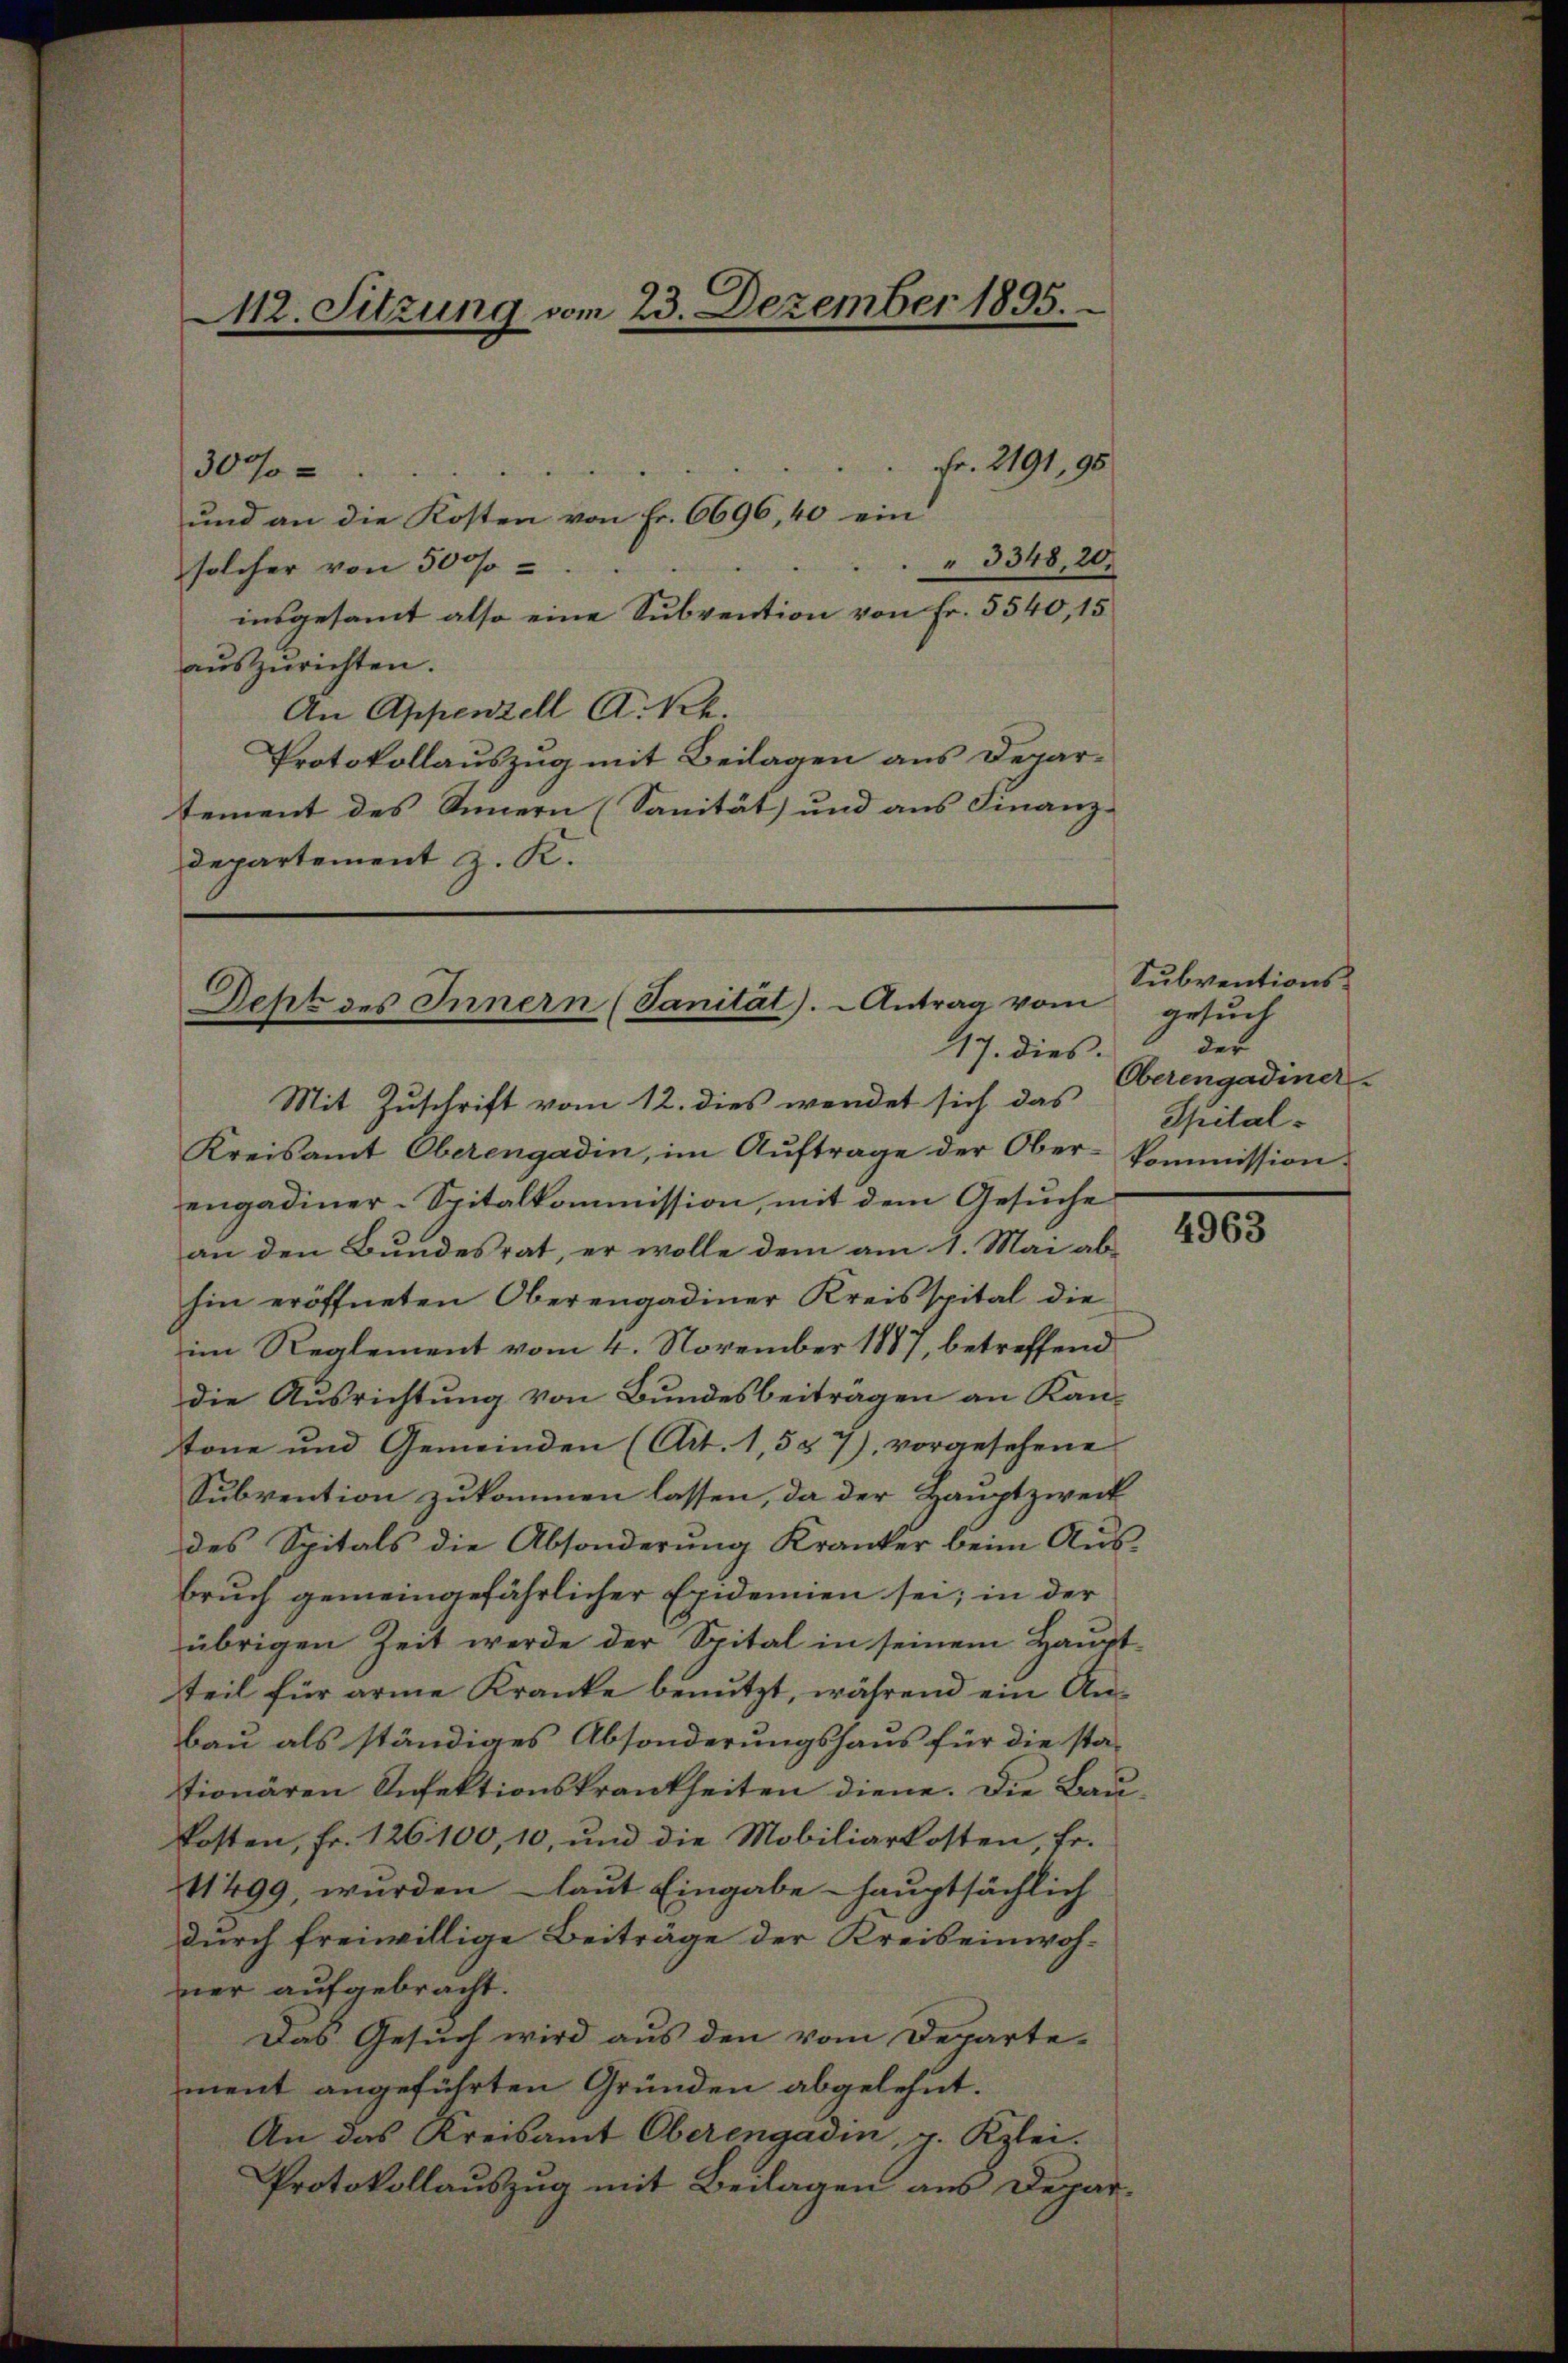
30%
und an die Kosten von Fr. 6696, 40 ein
solcher von 500f
insgesammt also eine Subvention von Fr. 5540, 15
auszurichten.
An Appenzell A. Sch.
Protokollauszug mit Beilagen aus Departement des Innern (Sanität und aus Finanz-
departement z. K.

412. Sitzung vom 23. Dezember 1895.

Fr. 2191, 95
3348, 20.

Deht des Innern (Sanität). Antrag vom gesuch
17. dies.

Mit Zuschrift vom 12. dies wendet sich das Spital-
Kreisamt Oberengadin, im Auftrage der Ober-Commission
engadiner-Spitalkommission, mit dem Gesuche
an den Bundesrat, er wolle dem am 1. Mai ab
hin eröffneten Oberengadiner Kreisspital die
im Reglement vom 4. November 1887, betreffend
die Ausrichtung von Bundesbeiträgen an Kantone und Gemeinden (Art. 1,557), vorgesehene
Subvention zukommen lassen, da der Hauptzweck
des Spitals die Absonderung Kranker beim Aus-
Bruch gemeingefährlicher Epidemien sei; in der
übrigen Zeit werde der Spital in seinem Hauptteil für arme Kranke benutzt, während ein Anbau als ständiges Absonderungshaus für die sta-
tionären Infektionskrankheiten diene. Die Baukosten, fr. 126100, 10, und die Mobiliarkosten, fr.
11499, wurden laut Eingabe hauptsächlich
durch freiwillige Beiträge der Kreiseinwohner aufgebracht.
Das Gesuch wird aus den vom Departe-
ment angeführten Gründen abgelehnt.
An das Kreisamt Oberengadin, g. Kzlei.
Protokollauszug mit Beilagen aus Depar¬

Subventionsder
Oberengadiner

4963